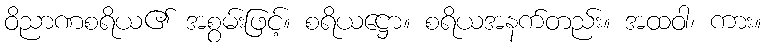
ဝိညာဏစရိယ၏ အစွမ်းဖြင့်။ စရိယဋ္ဌော။ စရိယအနက်တည်း။ အထဝါ၊ ကား။